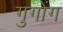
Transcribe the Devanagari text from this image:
गुगोंग